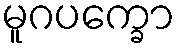
မူဂပက္ခော